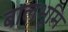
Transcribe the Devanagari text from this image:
बालभूमि